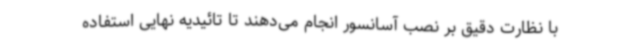
با نظارت دقیق بر نصب آسانسور انجام می‌دهند تا تائیدیه نهایی استفاده